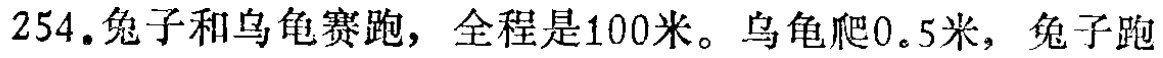
254.兔子和乌龟赛跑，全程是100米。乌龟爬0.5米，兔子跑